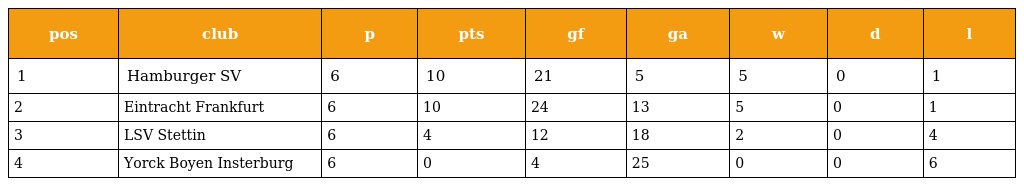
| pos | club | p | pts | gf | ga | w | d | l |
 | --- | --- | --- | --- | --- | --- | --- | --- | --- |
 | 1 | Hamburger SV | 6 | 10 | 21 | 5 | 5 | 0 | 1 |
 | 2 | Eintracht Frankfurt | 6 | 10 | 24 | 13 | 5 | 0 | 1 |
 | 3 | LSV Stettin | 6 | 4 | 12 | 18 | 2 | 0 | 4 |
 | 4 | Yorck Boyen Insterburg | 6 | 0 | 4 | 25 | 0 | 0 | 6 |